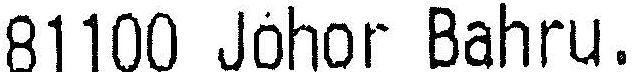
81100 JOHOR BAHRU.